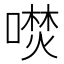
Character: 𭊦